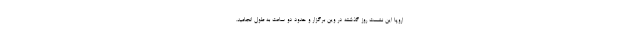
اروپا این نشست روز گذشته در وین برگزار و حدود دو ساعت به طول انجامید.